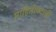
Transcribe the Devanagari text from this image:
माहितीपटाची